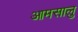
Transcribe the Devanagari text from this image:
आमसालु